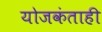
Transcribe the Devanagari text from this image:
योजकंताही